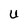
Character: U